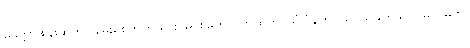
မေတ္တာဖျန်းဆွတ်၊ ချမ်းစေတတ်သား၊ မင်းမြတ်လက်ထက်၊ သုံ:ပုံနက်ဝယ်၊ သိခက်ခဲလှ၊ မာဂဓကို၊